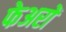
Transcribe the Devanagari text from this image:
फेअरों